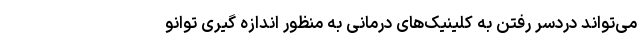
‌می‌تواند دردسر رفتن به کلینیک‌های درمانی به منظور اندازه گیری توانو